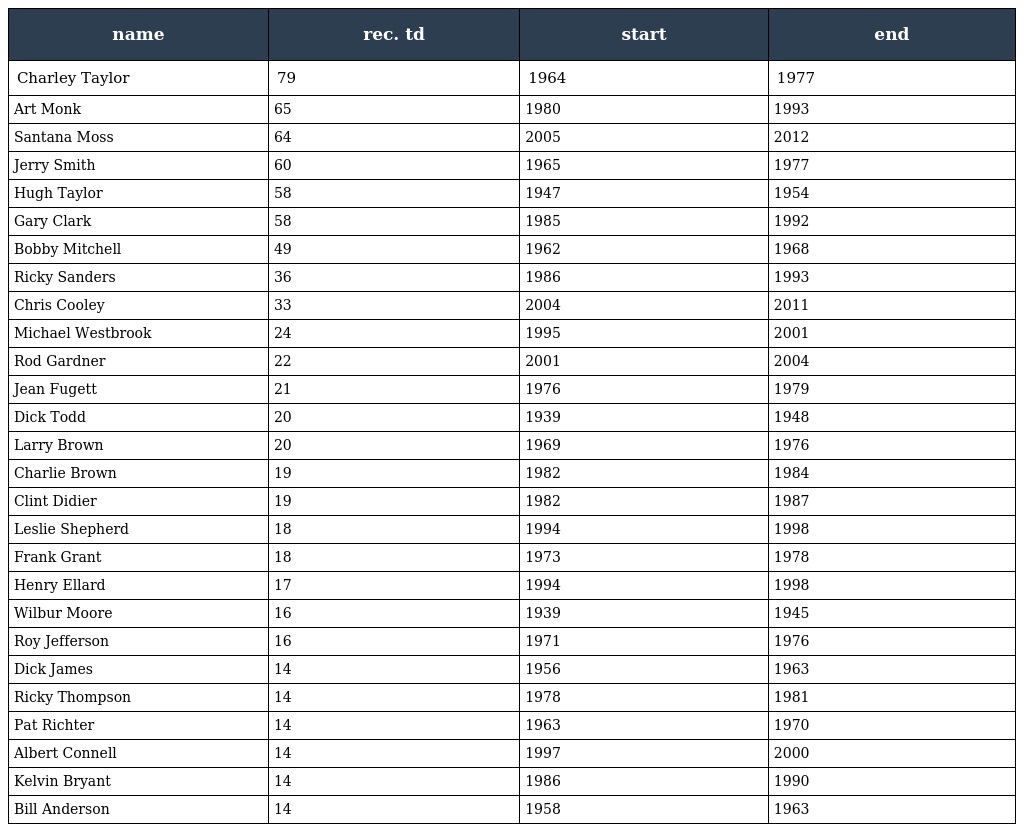
| name | rec. td | start | end |
 | --- | --- | --- | --- |
 | Charley Taylor | 79 | 1964 | 1977 |
 | Art Monk | 65 | 1980 | 1993 |
 | Santana Moss | 64 | 2005 | 2012 |
 | Jerry Smith | 60 | 1965 | 1977 |
 | Hugh Taylor | 58 | 1947 | 1954 |
 | Gary Clark | 58 | 1985 | 1992 |
 | Bobby Mitchell | 49 | 1962 | 1968 |
 | Ricky Sanders | 36 | 1986 | 1993 |
 | Chris Cooley | 33 | 2004 | 2011 |
 | Michael Westbrook | 24 | 1995 | 2001 |
 | Rod Gardner | 22 | 2001 | 2004 |
 | Jean Fugett | 21 | 1976 | 1979 |
 | Dick Todd | 20 | 1939 | 1948 |
 | Larry Brown | 20 | 1969 | 1976 |
 | Charlie Brown | 19 | 1982 | 1984 |
 | Clint Didier | 19 | 1982 | 1987 |
 | Leslie Shepherd | 18 | 1994 | 1998 |
 | Frank Grant | 18 | 1973 | 1978 |
 | Henry Ellard | 17 | 1994 | 1998 |
 | Wilbur Moore | 16 | 1939 | 1945 |
 | Roy Jefferson | 16 | 1971 | 1976 |
 | Dick James | 14 | 1956 | 1963 |
 | Ricky Thompson | 14 | 1978 | 1981 |
 | Pat Richter | 14 | 1963 | 1970 |
 | Albert Connell | 14 | 1997 | 2000 |
 | Kelvin Bryant | 14 | 1986 | 1990 |
 | Bill Anderson | 14 | 1958 | 1963 |